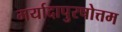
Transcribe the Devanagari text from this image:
मर्यादापुरषोत्तम